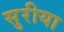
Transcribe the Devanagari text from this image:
सुरीया